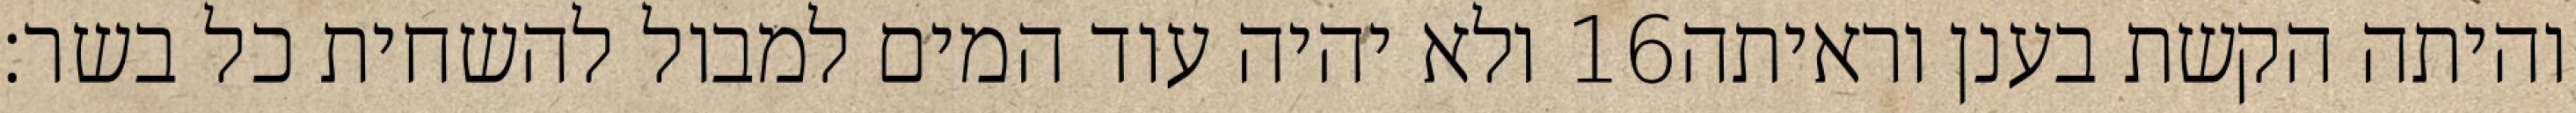
ולא יהיה עוד המים למבול להשחית כל בשר׃ ‎16‏ והיתה הקשת בענן וראיתה